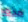
هذه